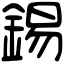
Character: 錫